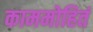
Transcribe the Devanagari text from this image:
काममोहितं